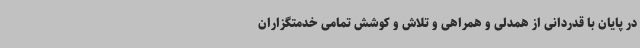
در پایان با قدردانی از همدلی و همراهی و تلاش و کوشش تمامی خدمتگزاران